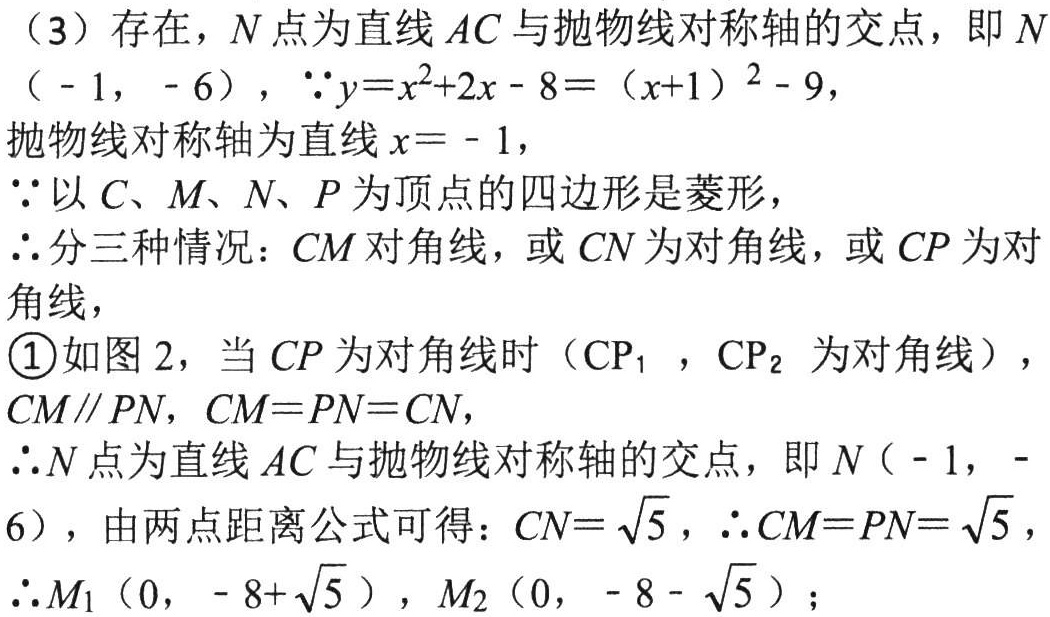
（3）存在，$N$点为直线$AC$与抛物线对称轴的交点，即$N$
（$-1$，$-6$），$\because y = x^{2}+2x - 8=(x + 1)^{2}-9$，
抛物线对称轴为直线$x=-1$，
$\because$以$C$、$M$、$N$、$P$为顶点的四边形是菱形，
$\therefore$分三种情况：$CM$对角线，或$CN$为对角线，或$CP$为对
角线，
\textcircled{1}如图2，当$CP$为对角线时（$CP_{1}$，$CP_{2}$为对角线），
$CM\parallel PN$，$CM = PN = CN$，
$\therefore N$点为直线$AC$与抛物线对称轴的交点，即$N(-1,-$
$6)$，由两点距离公式可得：$CN = \sqrt{5}$，$\therefore CM = PN=\sqrt{5}$，
$\therefore M_{1}(0,-8 + \sqrt{5})$，$M_{2}(0,-8-\sqrt{5})$；